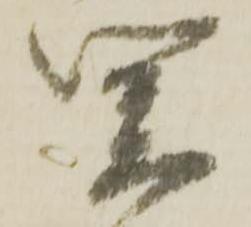
関